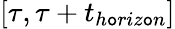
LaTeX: [\tau,\tau+t_{h\mathtt{o}riz\mathtt{o}n}]